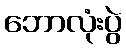
ဘောလုံးပွဲ